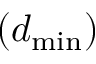
( d _ { \mathrm { m i n } } )